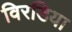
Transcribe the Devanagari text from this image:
विरडिया